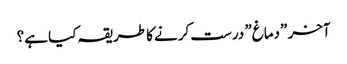
آخر \”دماغ\” درست کرنے کا طریقہ کیا ہے؟